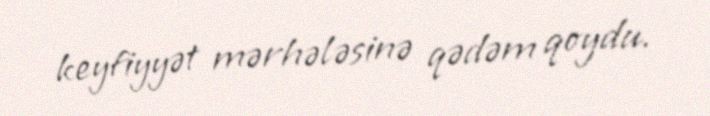
keyfiyyət mərhələsinə qədəm qoydu.